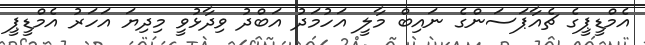
އެމްޑީޕީގެ ޗެއާޕަސަންގެ ނައިބް މާލީ އަހުމަދު އަބްދު ވިދާޅުވީ މިދިޔަ އަހަރު އެމްޑީޕީ